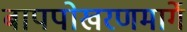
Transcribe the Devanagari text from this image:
बापपोखरणमार्गे